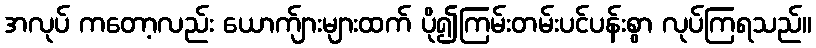
အလုပ် ကတော့လည်း ယောက်ျားများထက် ပို၍ကြမ်းတမ်းပင်ပန်းစွာ လုပ်ကြရသည်။